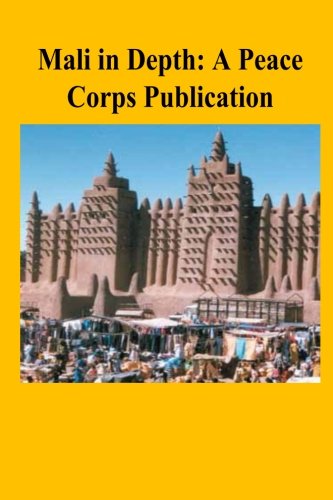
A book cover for Mali in Depth: A Peace Corps Publication; Peace Corps; Travel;